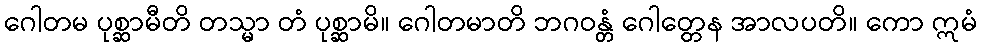
ဂေါတမ ပုစ္ဆာမီတိ တသ္မာ တံ ပုစ္ဆာမိ။ ဂေါတမာတိ ဘဂဝန္တံ ဂေါတ္တေန အာလပတိ။ ကော ဣမံ